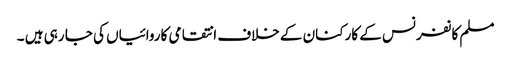
مسلم کانفرنس کے کارکنان کے خلاف انتقامی کاروائیاں کی جا رہی ہیں ۔